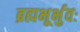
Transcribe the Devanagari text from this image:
ब्रह्मभूर्भुवः